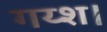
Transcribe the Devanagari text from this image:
गय्श।